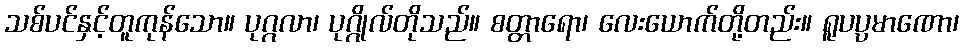
သစ်ပင်နှင့်တူကုန်သော။ ပုဂ္ဂလာ၊ ပုဂ္ဂိုလ်တိုသည်။ စတ္တာရော၊ လေးယောက်တို့တည်း။ ရူပပ္ပမာဏော၊